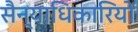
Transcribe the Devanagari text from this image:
सैन्याधिकारियों